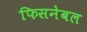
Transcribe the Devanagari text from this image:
फिसनेबल